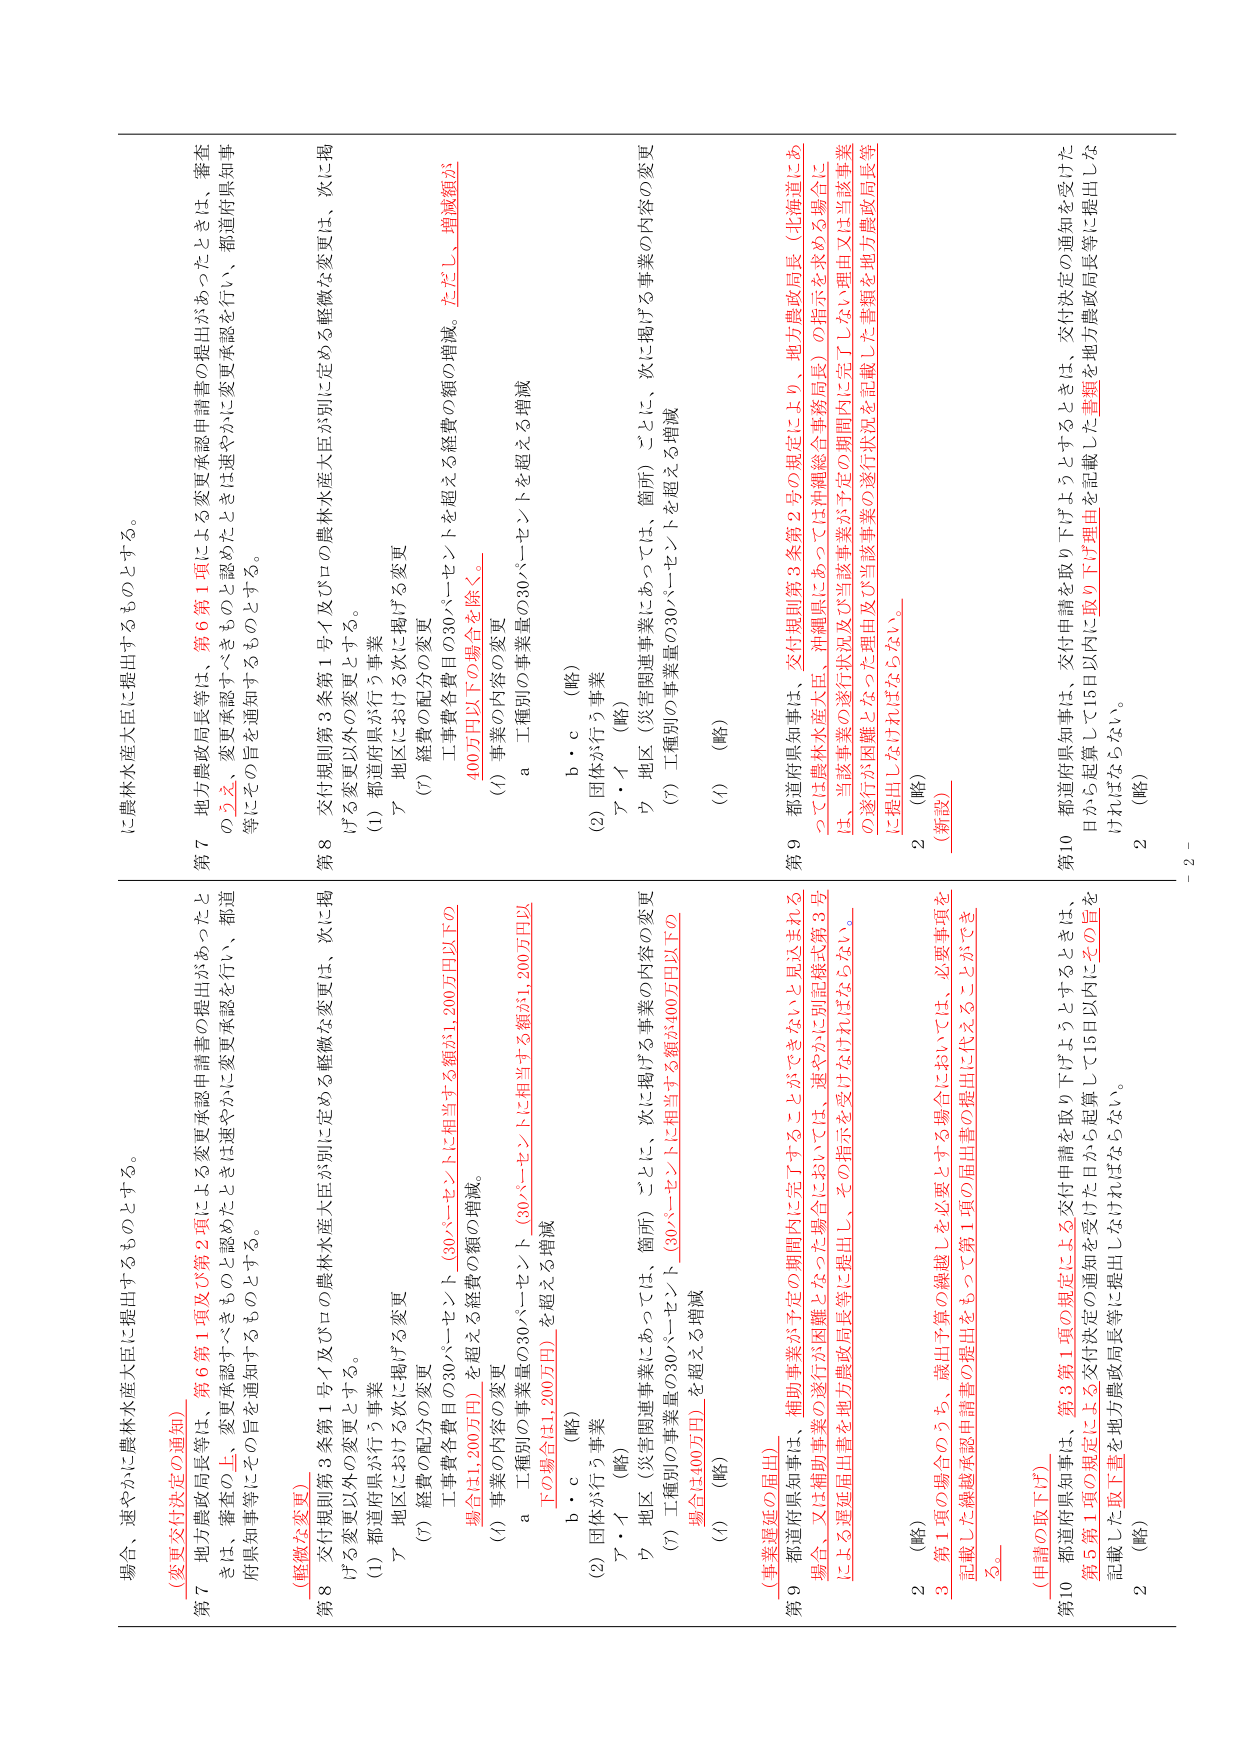
場合、速やかに農林水産大臣に提出するものとする。

（変更交付決定の通知）

第7 地方農政局長等は、第6第1項及び第2項による変更承認申請書の提出があったときは、審査
をし、審査の上、変更承認すべきものと認めたときは速やかに変更承認を行い、都道府県知事
府県知事等にその旨を通知するものとする。

（軽微な変更）

第8 交付規則第3条第1号イ及びロの農林水産大臣が別に定める軽微な変更は、次に掲
げる変更以外の変更とする。
(1) 都道府県が行う事業
ア 地区における次に掲げる変更
(7) 経費の配分の変更
工事費各費目の30パーセントを超える経費の額の増減。
場合（31,200万円）（30パーセントに相当する額が1,200万円以下の場合）
(1) 事業の内容の変更
a 工種別の事業量の30パーセント（30パーセントに相当する額が1,200万円以
下の場合では1,200万円）を超える増減
b・c （略）
(2) 団体が行う事業
ア・イ （略）
ウ 地区（災害関連事業にあっては、箇所）ごとに、次に掲げる事業の内容の変更
(7) 工種別の事業量の30パーセントを超える増減
場合（3400万円）（30パーセントに相当する額が100万円以下の場合）
(1) （略）

（事業遅延の届出）

第9 都道府県知事は、補助事業が予定の期間内に完了することができないと見込まれる
場合、又は補助事業の遂行が困難となった場合においては、速やかに別記様式第3号
による遅延届出書を地方農政局長等に提出し、その指示を受けなければならない。

2 （略）
3 第1項の場合のうち、歳出予算の繰越しを必要とする場合においては、必要事項を
記載した繰越承認申請書の提出をもって第1項の届出書の提出に代えることができ
る。

（申請の取下げ）

第10 都道府県知事は、第3第1項の規定による交付申請を取り下げようとするときは、
第5第1項の規定による交付決定の通知を受けた日から起算して15日以内にその旨を
記載した取下書を地方農政局長等に提出しなければならない。

2 （略）

に農林水産大臣に提出するものとする。

第7 地方農政局長等は、第6第1項による変更承認申請書の提出があったときは、審査
の上、変更承認すべきものと認めたときは速やかに変更承認を行い、都道府県知事
等にその旨を通知するものとする。

第8 交付規則第3条第1号イ及びロの農林水産大臣が別に定める軽微な変更は、次に掲
げる変更以外の変更とする。
(1) 都道府県が行う事業
ア 地区における次に掲げる変更
(7) 経費の配分の変更
工事費各費目の30パーセントを超える経費の額の増減。ただし、増減額が
400万円以下の場合は除く。
(1) 事業の内容の変更
a 工種別の事業量の30パーセントを超える増減
b・c （略）
(2) 団体が行う事業
ア・イ （略）
ウ 地区（災害関連事業にあっては、箇所）ごとに、次に掲げる事業の内容の変更
(7) 工種別の事業量の30パーセントを超える増減
(1) （略）

第9 都道府県知事は、交付規則第3条第2号の規定により、地方農政局長（北海道にあ
っては農林水産大臣、沖縄県にあっては沖縄総合事務局長）の指示を求める場合に
は、当該事業の遂行状況及び当該事業が予定の期間内に完了しない理由又は当該事業
の遂行が困難となった理由及び当該事業の遂行状況を記載した書類を地方農政局長等
に提出しなければならない。

2 （略）
（新設）

第10 都道府県知事は、交付申請を取り下げようとするときは、交付決定の通知を受けた
日から起算して15日以内に取り下げ理由を記載した書類を地方農政局長等に提出しな
ければならない。

2 （略）

- 2 -